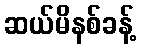
ဆယ်မိနစ်ခန့်